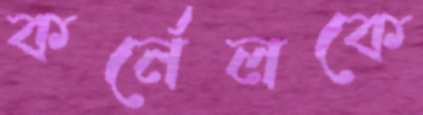
কর্নেলকে